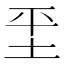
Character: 𡊞